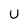
Character: U